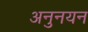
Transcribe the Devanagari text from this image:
अनुनयन